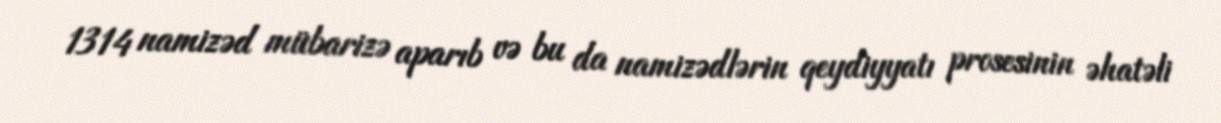
1314 namizəd mübarizə aparıb və bu da namizədlərin qeydiyyatı prosesinin əhatəli